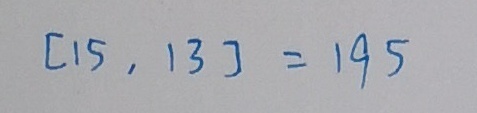
[ 1 5 , 1 3 ] = 1 9 5